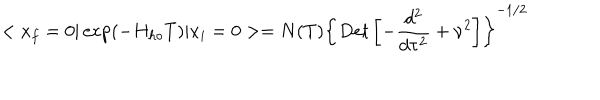
< x _ { f } = 0 \vert \exp ( - H _ { h o } T ) \vert x _ { i } = 0 > = N ( T ) \left\{ D e t \left[ - { \frac { d ^ { 2 } } { d \tau ^ { 2 } } } + \nu ^ { 2 } \right] \right\} ^ { - 1 / 2 }